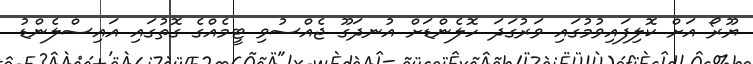
ޔޫރޯ އަށް ކޮލިފައިވުމުގައި ވަރުގަދަ ހޮލެންޑަށް އުނދަގޫ ޖެއްސުވި ޓީމެއްގެ ގޮތުގައި އައިސްލެންޑު